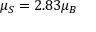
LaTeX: \mu _ { S } = 2 . 8 3 \mu _ { B }